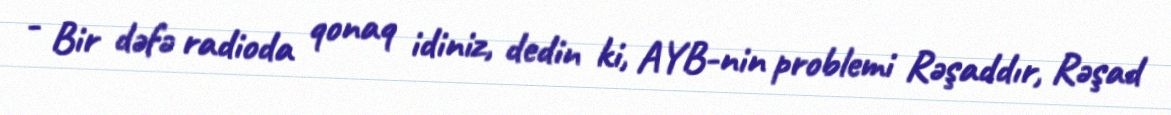
- Bir dəfə radioda qonaq idiniz, dedin ki, AYB-nin problemi Rəşaddır, Rəşad